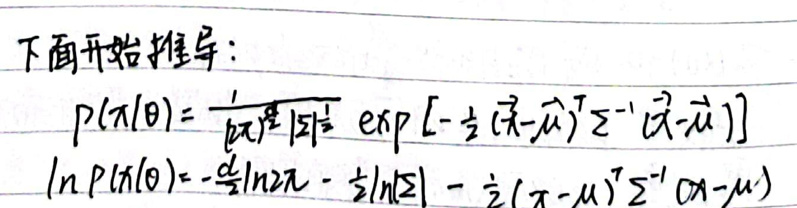
下面开始推导：

\[
p(\pi|\theta)=\frac{1}{\sqrt{|\Sigma|}}\exp\left[-\frac{1}{2}(\pi-\mu)'\Sigma^{-1}(\pi-\mu)\right]
\]

\[
\ln p(\pi|\theta)=-\frac{n}{2}\ln(2\pi)-\frac{1}{2}\ln|\Sigma|-\frac{1}{2}(\pi-\mu)'\Sigma^{-1}(\pi-\mu)
\]